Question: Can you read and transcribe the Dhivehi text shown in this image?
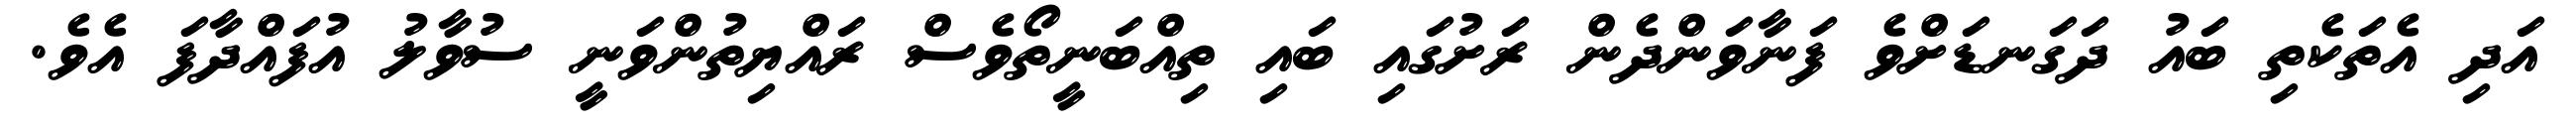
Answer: އަދި އެތަކެތި ބައު ދަގަނޑަށްވެ ފަނާވަންދެން ރަށުގައި ބައި ތިއްބަނީތޯވެސް ރައްޔިތުންވަނީ ސުވާލު އުފައްދާފަ އެވެ.